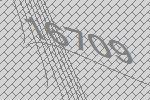
16709